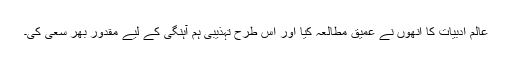
عالم ادبیات کا انھوں نے عمیق مطالعہ کیا اور اس طرح تہذیبی ہم آہنگی کے لیے مقدور بھر سعی کی۔